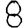
Digit: 8